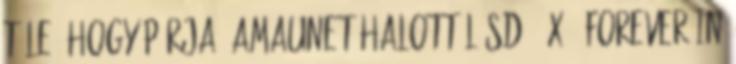
tőle, hogy párja, Amaunet halott lásd: 3x10 Forever In